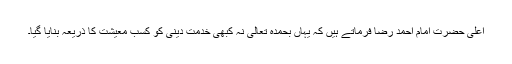
اعلیٰ حضرت امام احمد رضا فرماتے ہیں کہ یہاں بحمدہ تعالیٰ نہ کبھی خدمت دینی کو کسب معیشت کا ذریعہ بنایا گیا۔